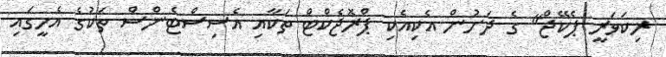
ރިކަވަރީ ޕެކޭޖް" ގެ ދަށުން އެކިއެކި ޕްރޮޖެކްޓް ތަކާއި އެސިސްޓެންސް ތަކުގެ އެހީގައި